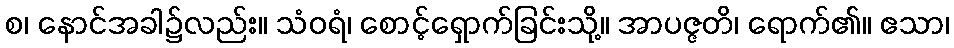
စ၊ နောင်အခါ၌လည်း။ သံဝရံ၊ စောင့်ရှောက်ခြင်းသို့။ အာပဇ္ဇတိ၊ ရောက်၏။ ဧသာ၊